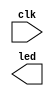

// Efinity Top-level template
// Version: 2021.1.165

// Copyright (C) 2017 - 2021 Efinix Inc. All rights reserved.

// This file may be used as a starting point for Efinity synthesis top-level target.
// The port list here matches what is expected by Efinity constraint files generated
// by the Efinity Interface Designer.

// To use this:
//     #1)  Save this file with a different name to a different directory, where source files are kept.
//              Example: you may wish to save as G:\Harit\Harit\1_Project Resources\Sparrow\Project documents\HARDWARE\FPGA\Programming\fpga codes\2_LED_Blink_Test_seq\LED_Blink_Test\LED_Blink_Test.v
//     #2)  Add the newly saved file into Efinity project as design file
//     #3)  Edit the top level entity in Efinity project to:  LED_Blink_Test
//     #4)  Insert design content.


module LED_Blink_Test
(
  input clk,
  output [3:0] led
);


endmodule